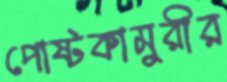
পোষ্টকামুরীর